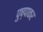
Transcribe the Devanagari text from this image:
पुष्पाकर